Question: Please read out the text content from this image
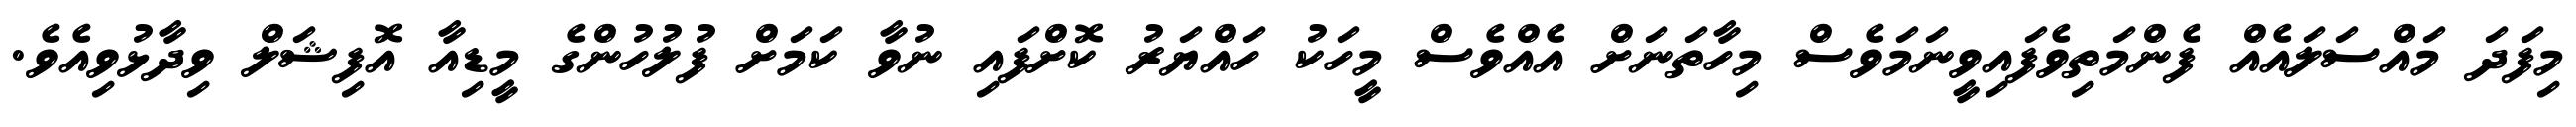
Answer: މިފަދަ މައްސަލައެއް ފެންމަތިވެފައިވީނަމަވެސް މިހާތަނަށް އެއްވެސް މީހަކު ހައްޔަރު ކޮށްފައި ނުވާ ކަމަށް ފުލުހުންގެ މީޑިއާ އޮފިޝަލް ވިދާޅުވިއެވެ.